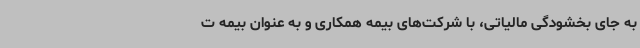
به جای بخشودگی مالیاتی، با شرکت‌های بیمه همکاری و به عنوان بیمه ت